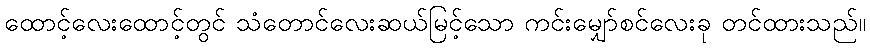
ထောင့်လေးထောင့်တွင် သံတောင်လေးဆယ်မြင့်သော ကင်းမျှော်စင်လေးခု တင်ထားသည်။